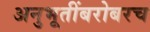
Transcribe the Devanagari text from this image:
अनुभूतींबरोबरच